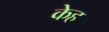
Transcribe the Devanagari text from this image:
केह